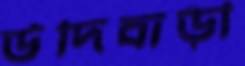
উদিবাড়ী